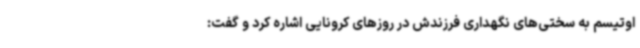
اوتیسم به سختی‌های نگهداری فرزندش در روزهای کرونایی اشاره کرد و گفت: